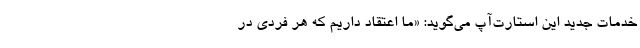
خدمات جدید این استار‌ت‌آپ می‌گوید: «ما اعتقاد داریم که هر فردی در